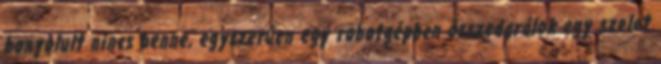
bonyolult nincs benne, egyszerűen egy robotgépben összedarálok egy szelet